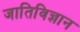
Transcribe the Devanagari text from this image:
जातिविज्ञान